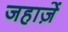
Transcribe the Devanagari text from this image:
जहाज़ें